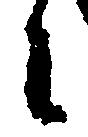
に